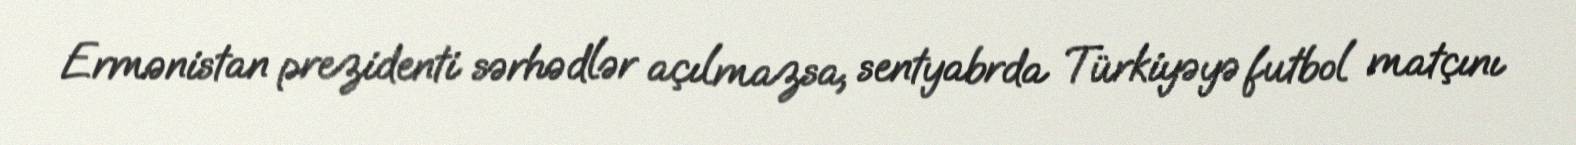
Ermənistan prezidenti sərhədlər açılmazsa, sentyabrda Türkiyəyə futbol matçını